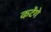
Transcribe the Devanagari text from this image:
कटेंगे